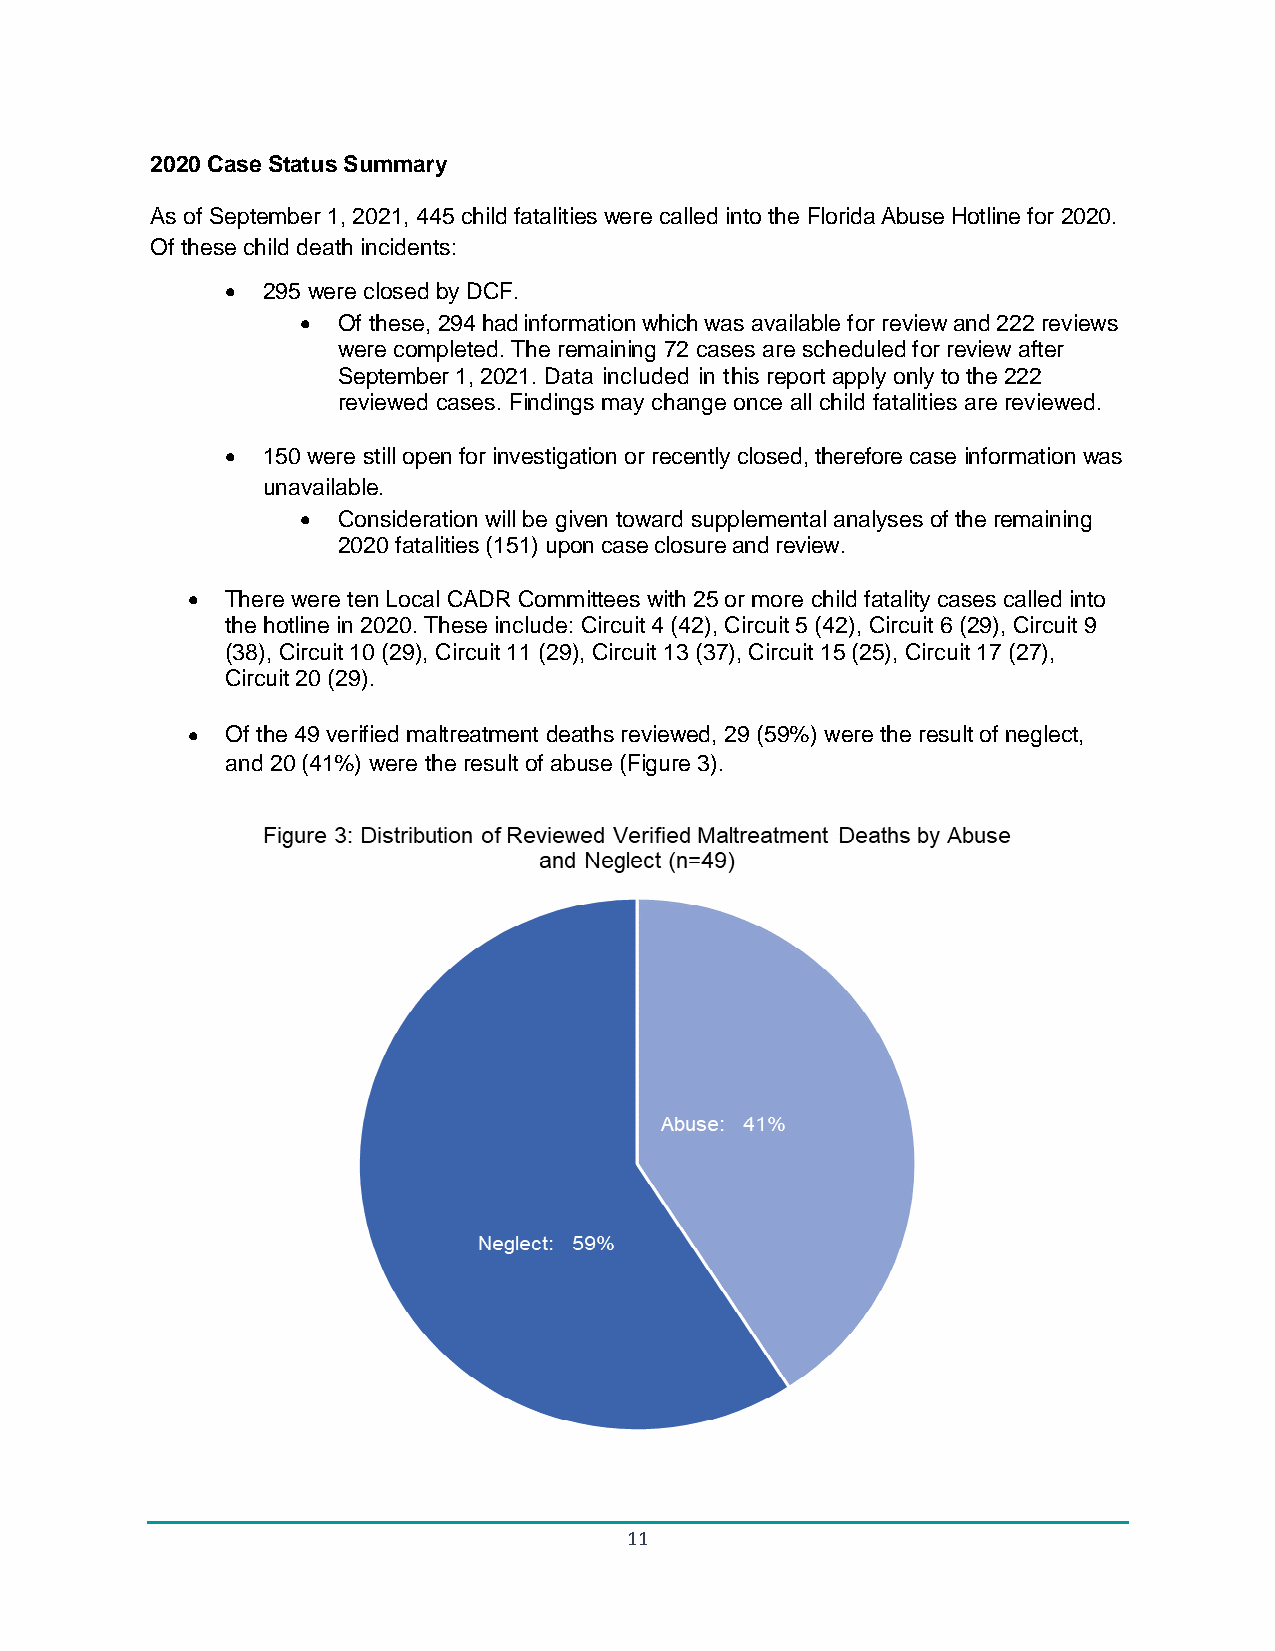
2020 Case Status Summary
 As of September 1, 2021, 445 child fatalities were called into the Florida Abuse Hotline for 2020.
 Of these child death incidents:
 • 295 were closed by DCF.
 • Of these, 294 had information which was available for review and 222 reviews
 were completed. The remaining 72 cases are scheduled for review after
 September 1, 2021. Data included in this report apply only to the 222
 reviewed cases. Findings may change once all child fatalities are reviewed.
 • 150 were still open for investigation or recently closed, therefore case information was
 unavailable.
 • Consideration will be given toward supplemental analyses of the remaining
 2020 fatalities (151) upon case closure and review.
 •  There were ten Local CADR Committees with 25 or more child fatality cases called into
 the hotline in 2020. These include: Circuit 4 (42), Circuit 5 (42), Circuit 6 (29), Circuit 9
 (38), Circuit 10 (29), Circuit 11 (29), Circuit 13 (37), Circuit 15 (25), Circuit 17 (27),
 Circuit 20 (29).
 •  Of the 49 verified maltreatment deaths reviewed, 29 (59%) were the result of neglect,
 and 20 (41%) were the result of abuse (Figure 3).
 11